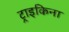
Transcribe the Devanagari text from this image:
ट्राइकिना